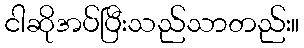
ငါဆိုအပ်ပြီးသည်သာတည်း။